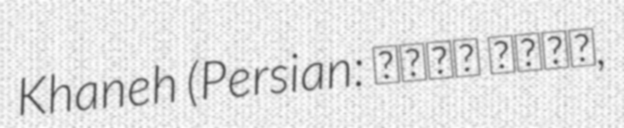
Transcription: Khaneh (Persian: توته خانه,